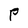
Character: P